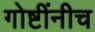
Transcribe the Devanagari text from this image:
गोष्टींनीच